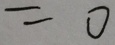
= 0